Report on vaccination in Madras 1877-1894 - 1877-1894
Year: 1877
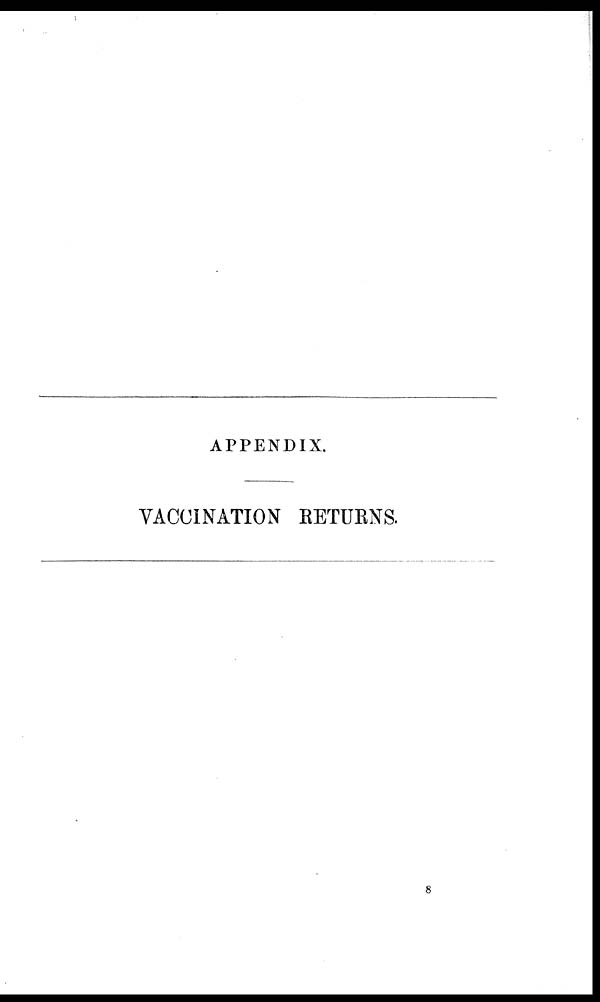
APPENDIX.
VACCINATION RETURNS.
8